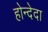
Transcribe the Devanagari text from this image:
होन्देदा